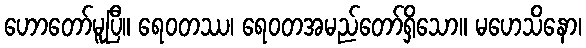
ဟောတော်မူပြီ။ ရေဝတဿ၊ ရေဝတအမည်တော်ရှိသော။ မဟေသိနော၊